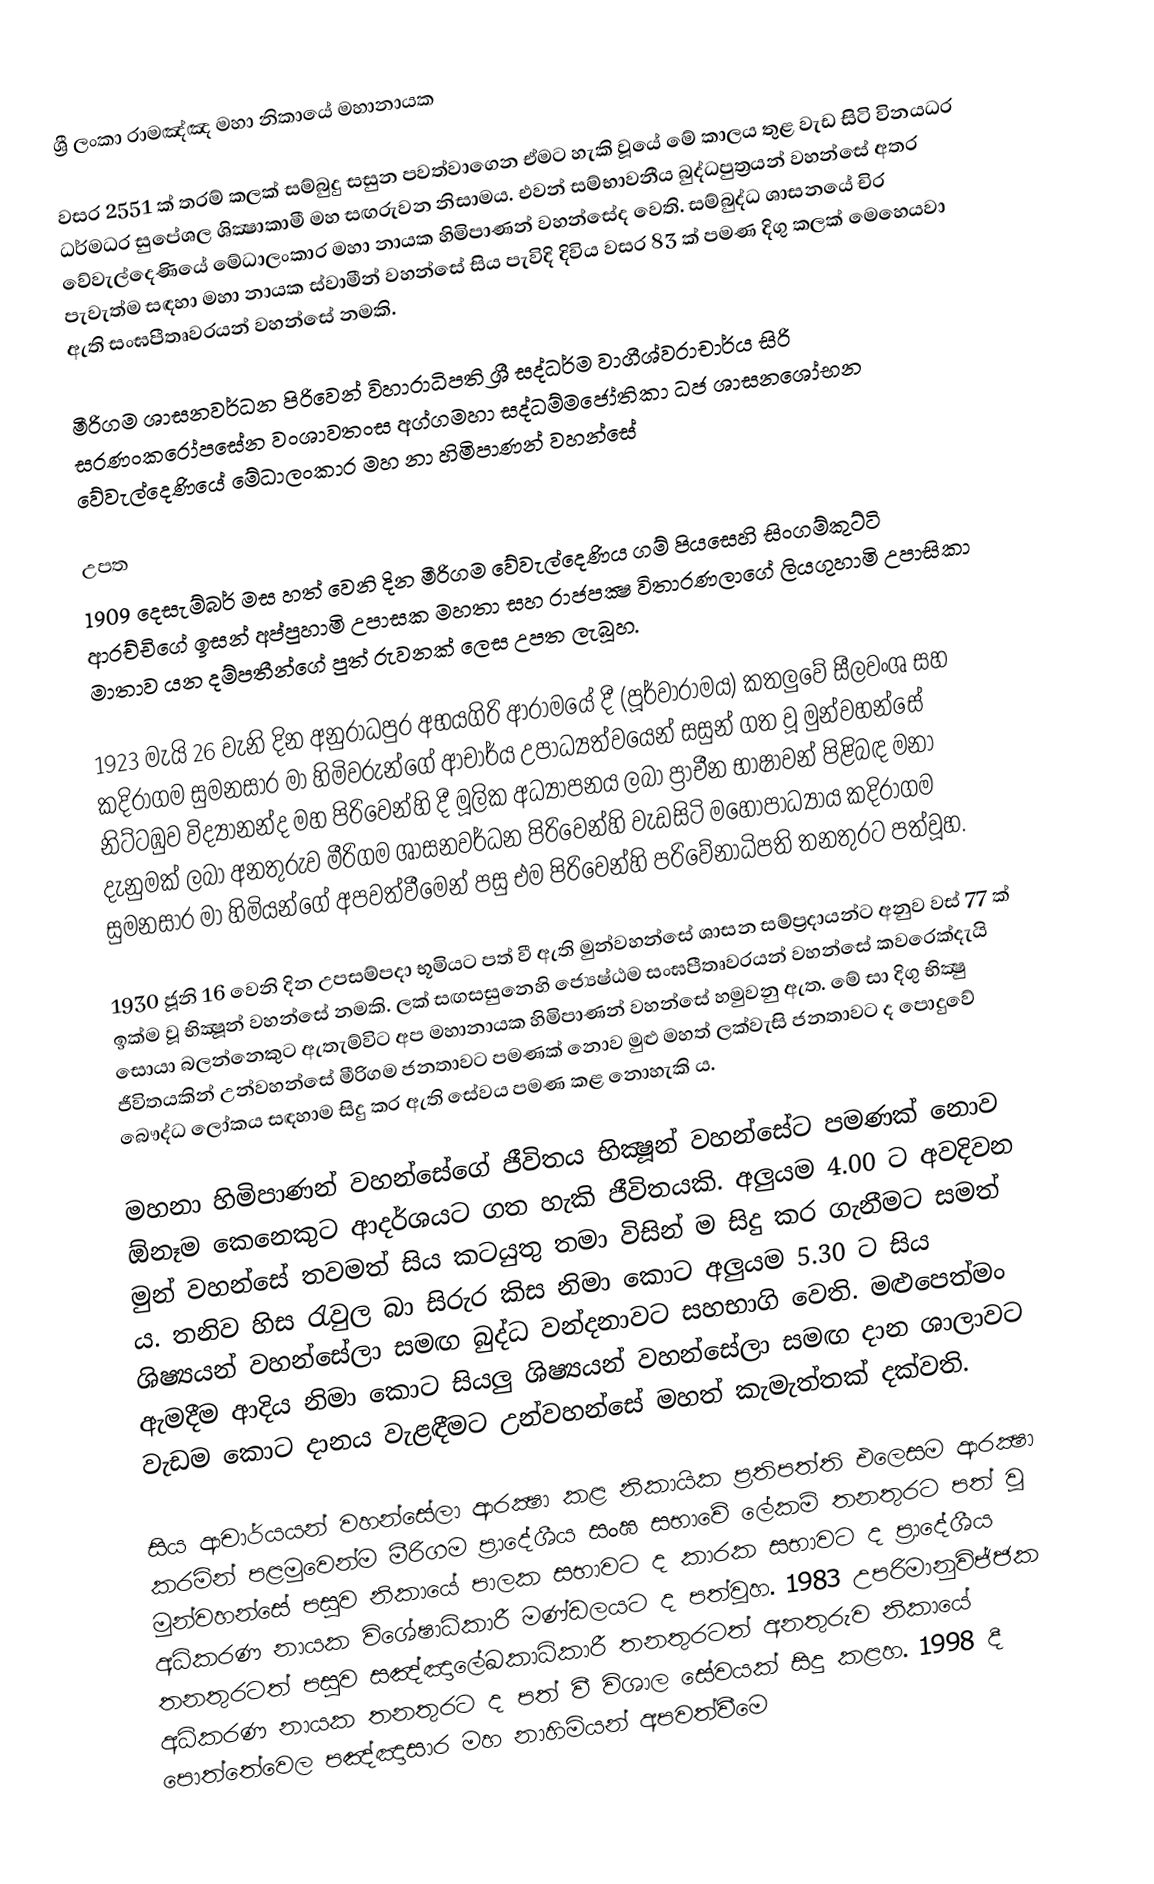
ශ්‍රී ලංකා රාමඤ්ඤ මහා නිකායේ මහානායක

වසර 2551 ක් තරම් කලක් සම්බුදු සසුන පවත්වාගෙන ඒමට හැකි වූයේ මේ කාලය තුළ වැඩ සිටි විනයධර ධර්මධර සුපේශල ශික්‍ෂාකාමී මහ සඟරුවන නිසාමය. එවන් සම්භාවනීය බුද්ධපුත්‍රයන් වහන්සේ අතර වේවැල්දෙණියේ මේධාලංකාර මහා නායක හිමිපාණන් වහන්සේද වෙති. සම්බුද්ධ ශාසනයේ චිර පැවැත්ම සඳහා මහා නායක ස්වාමීන් වහන්සේ සිය පැවිදි දිවිය වසර 83 ක් පමණ දිගු කලක් මෙහෙයවා ඇති සංඝපීතෘවරයන් වහන්සේ නමකි.

මීරිගම ශාසනවර්ධන පිරිවෙන් විහාරාධිපති ශ්‍රී සද්ධර්ම වාගීශ්වරාචාර්ය සිරි සරණංකරෝපසේන වංශාවතංස අග්ගමහා සද්ධම්මජෝතිකා ධජ ශාසනශෝභන වේවැල්දෙණියේ මේධාලංකාර මහ නා හිමිපාණන් වහන්සේ

උපත
1909 දෙසැම්බර් මස හත් වෙනි දින මීරිගම වේවැල්දෙණිය ගම් පියසෙහි සිංගම්කුට්ටි ආරච්චිගේ ඉසන් අප්පුහාමි උපාසක මහතා සහ රාජපක්‍ෂ විතාරණලාගේ ලියගුහාමි උපාසිකා මාතාව යන දම්පතීන්ගේ පුත් රුවනක් ලෙස උපත ලැබූහ.

1923 මැයි 26 වැනි දින අනුරාධපුර අභයගිරි ආරාමයේ දී (පූර්වාරාමය) කතලුවේ සීලවංශ සහ කදිරාගම සුමනසාර මා හිමිවරුන්ගේ ආචාර්ය උපාධ්‍යත්වයෙන් සසුන් ගත වූ මුන්වහන්සේ නිට්ටඹුව විද්‍යානන්ද මහ පිරිවෙන්හි දී මූලික අධ්‍යාපනය ලබා ප්‍රාචීන භාෂාවන් පිළිබඳ මනා දැනුමක් ලබා අනතුරුව මීරිගම ශාසනවර්ධන පිරිවෙන්හි වැඩසිටි මහෝපාධ්‍යාය කදිරාගම සුමනසාර මා හිමියන්ගේ අපවත්වීමෙන් පසු එම පිරිවෙන්හි පරිවේනාධිපති තනතුරට පත්වූහ.

1930 ජූනි 16 වෙනි දින උපසම්පදා භූමියට පත් වී ඇති මුන්වහන්සේ ශාසන සම්ප්‍රදායන්ට අනුව වස් 77 ක් ඉක්ම වූ භික්‍ෂූන් වහන්සේ නමකි. ලක් සඟසසුනෙහි ජ්‍යෙෂ්ඨම සංඝපීතෘවරයන් වහන්සේ කවරෙක්දැයි සොයා බලන්නෙකුට ඇතැම්විට අප මහානායක හිමිපාණන් වහන්සේ හමුවනු ඇත. මේ සා දිගු භික්‍ෂු ජීවිතයකින් උන්වහන්සේ මීරිගම ජනතාවට පමණක් නොව මුළු මහත් ලක්වැසි ජනතාවට ද පොදුවේ බෞද්ධ ලෝකය සඳහාම සිදු කර ඇති සේවය පමණ කළ නොහැකි ය.

මහනා හිමිපාණන් වහන්සේගේ ජීවිතය භික්‍ෂූන් වහන්සේට පමණක් නොව ඕනෑම කෙනෙකුට ආදර්ශයට ගත හැකි ජීවිතයකි. අලුයම 4.00 ට අවදිවන මුන් වහන්සේ තවමත් සිය කටයුතු තමා විසින් ම සිදු කර ගැනීමට සමත් ය. තනිව හිස රැවුල බා සිරුර කිස නිමා කොට අලුයම 5.30 ට සිය ශිෂ්‍යයන් වහන්සේලා සමඟ බුද්ධ වන්දනාවට සහභාගි වෙති. මළුපෙත්මං ඇමදීම ආදිය නිමා කොට සියලු ශිෂ්‍යයන් වහන්සේලා සමඟ දාන ශාලාවට වැඩම කොට දානය වැළඳීමට උන්වහන්සේ මහත් කැමැත්තක් දක්වති.

සිය ආචාර්යයන් වහන්සේලා ආරක්‍ෂා කළ නිකායික ප්‍රතිපත්ති එලෙසම ආරක්‍ෂා කරමින් පළමුවෙන්ම මීරිගම ප්‍රාදේශීය සංඝ සභාවේ ලේකම් තනතුරට පත් වූ මුන්වහන්සේ පසුව නිකායේ පාලක සභාවට ද කාරක සභාවට ද ප්‍රාදේශීය අධිකරණ නායක විශේෂාධිකාරී මණ්ඩලයට ද පත්වූහ. 1983 උපරිමානුවිජ්ජක තනතුරටත් පසුව සඤ්ඤාලේඛකාධිකාරී තනතුරටත් අනතුරුව නිකායේ අධිකරණ නායක තනතුරට ද පත් වී විශාල සේවයක් සිදු කළහ. 1998 දී පොත්තේවෙල පඤ්ඤාසාර මහ නාහිමියන් අපවත්වීමෙ